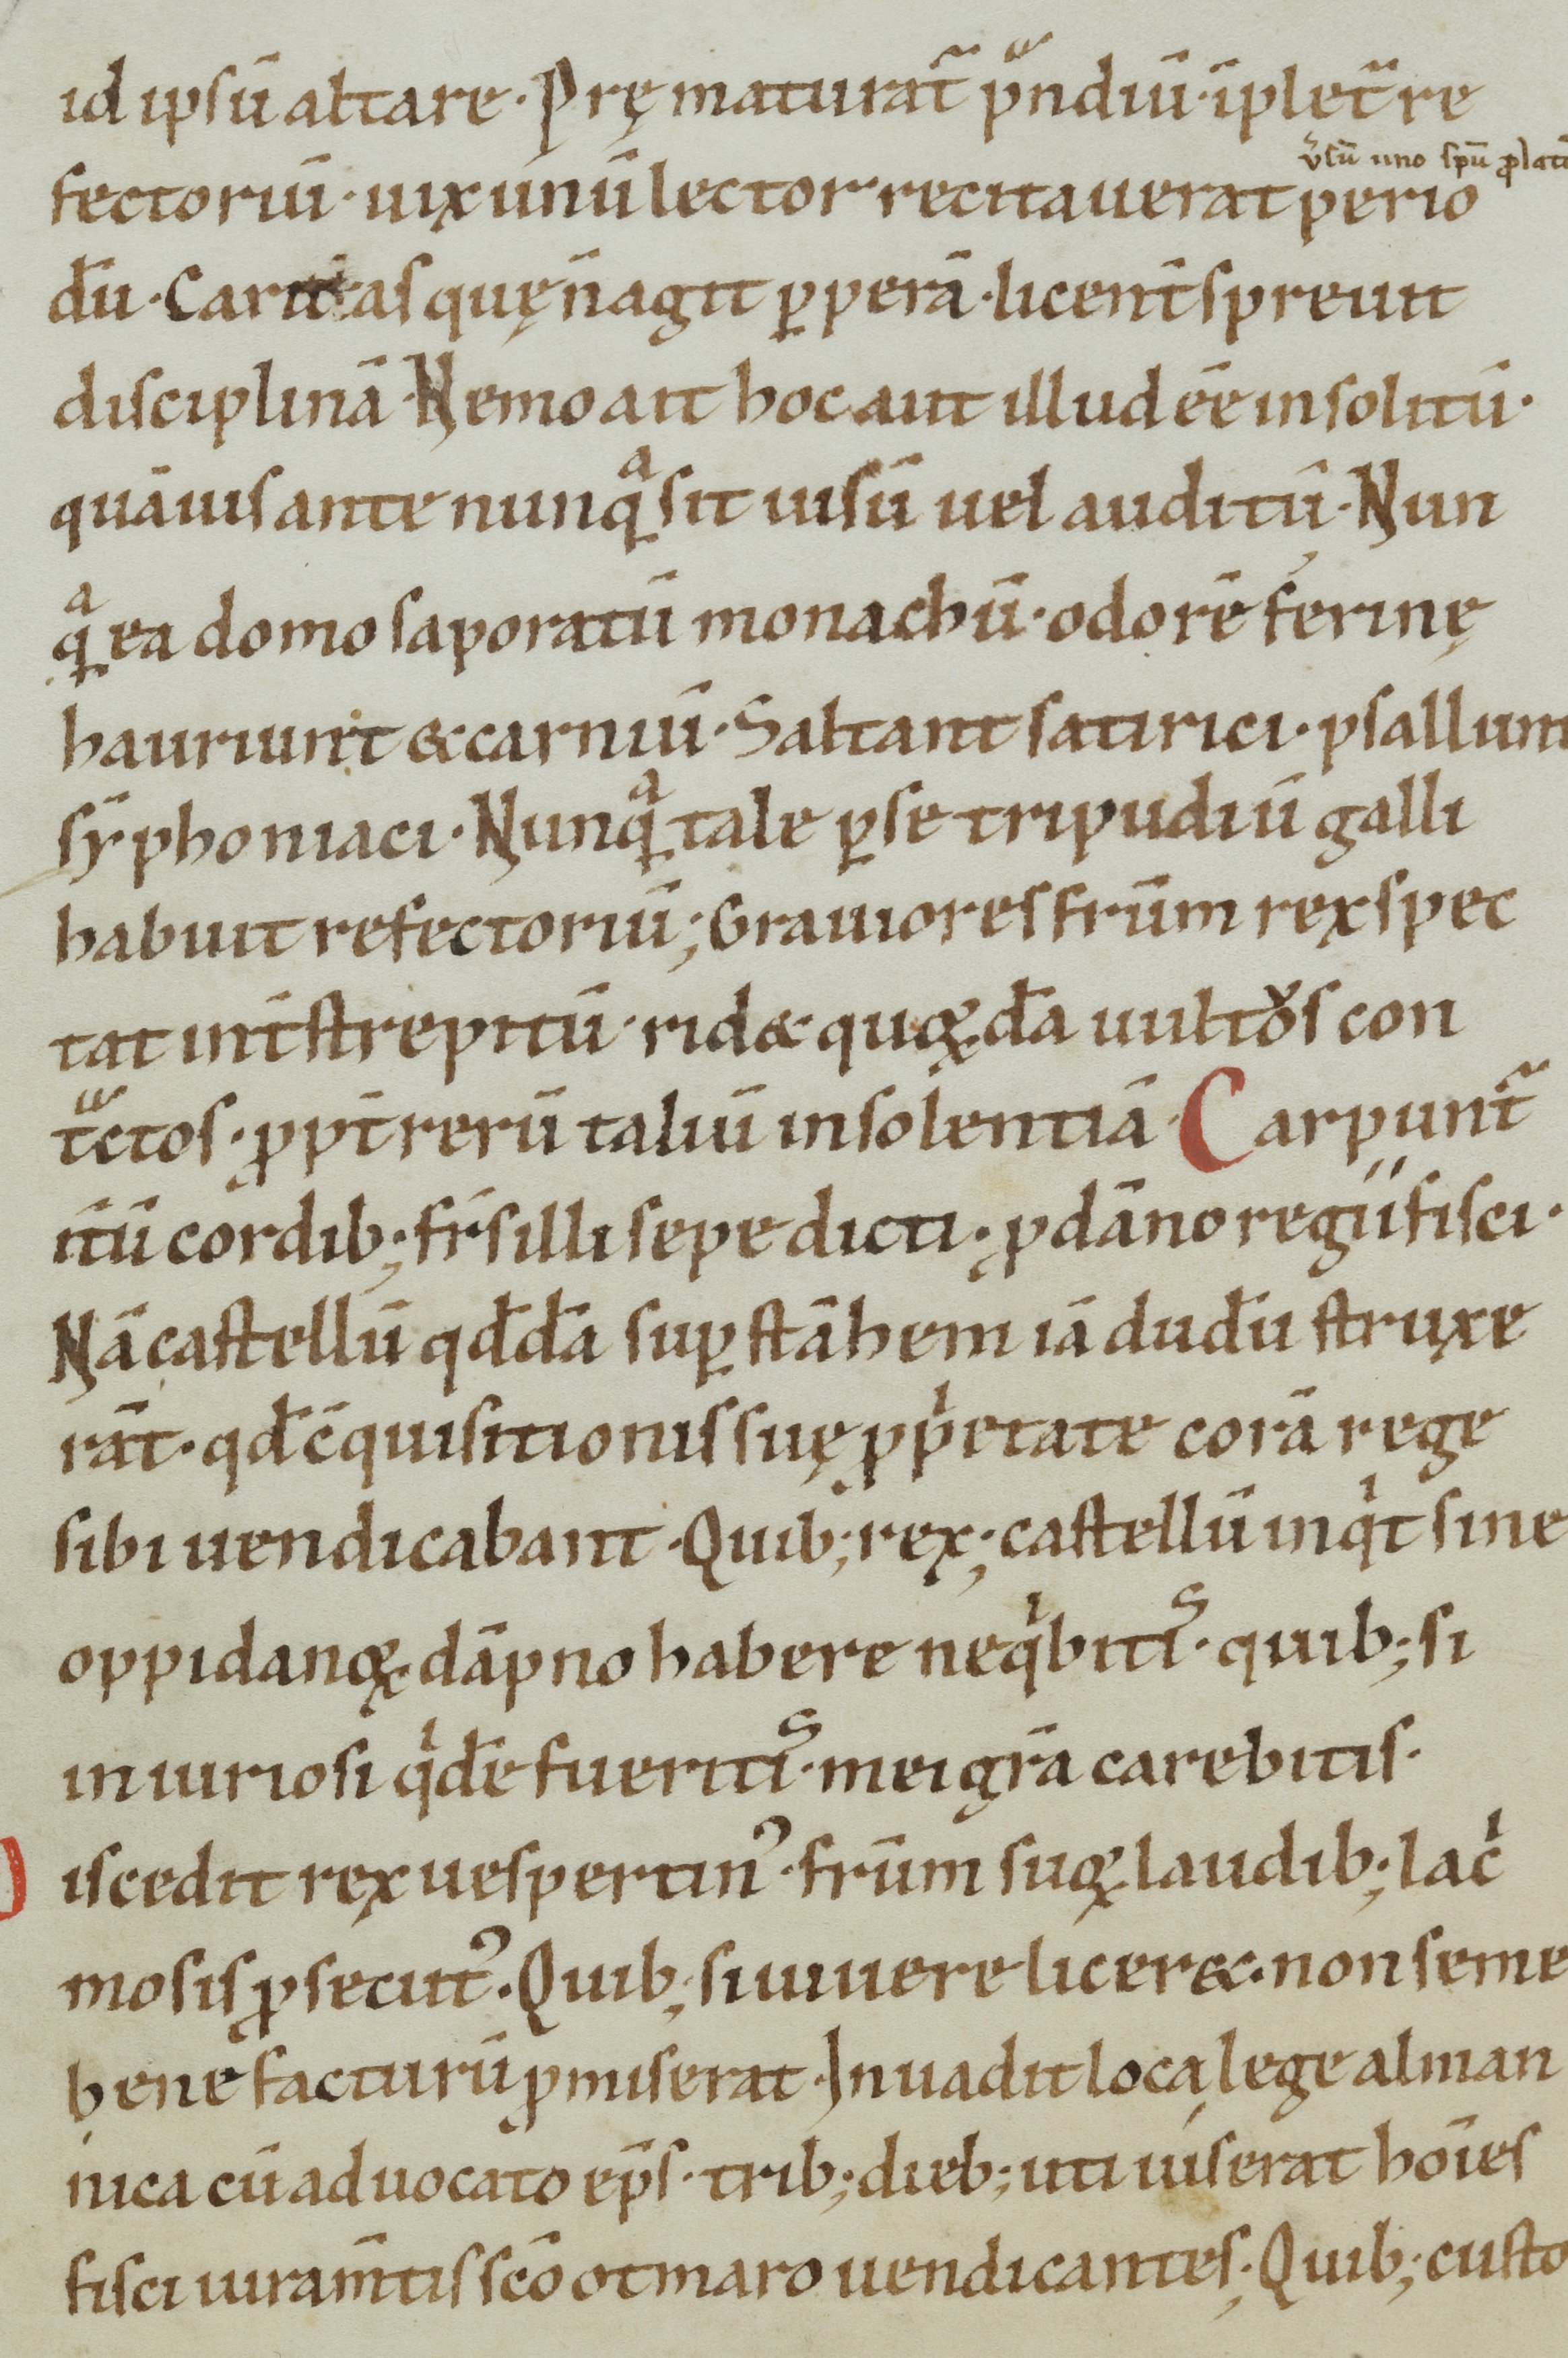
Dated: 1100–1199